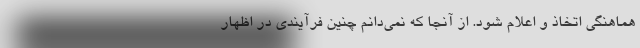
هماهنگی اتخاذ و اعلام شود. از آنجا که نمی‌دانم چنین فرآیندی در اظهار